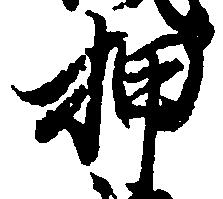
押